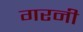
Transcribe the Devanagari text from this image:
गरनी